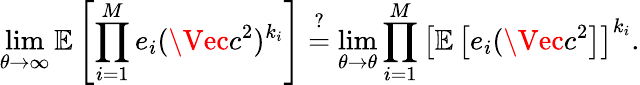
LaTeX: \operatorname*{lim}_{\theta\rightarrow\infty}\mathbb{E}\left[\prod_{i=1}^{M}e_{i}(\Vec{c^{2}})^{k_{i}}\right]\stackrel{?}{=}\operatorname*{lim}_{\theta\rightarrow\theta}\prod_{i=1}^{M}\left[\mathbb{E}\left[e_{i}(\Vec{c^{2}}\right]\right]^{k_{i}}.